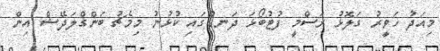
މިއަދު ހަވީރު ގަލޮޅު ރަސްމީ ފުޓުބޯޅަ ދަނޑުގައި ކުޅުނު މިމެޗު ބަންގްލަދޭޝް އިން